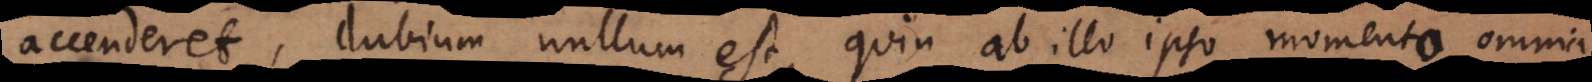
accenderet, dubium nullum est, quin ab illo ipso momento omnia